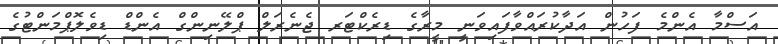
އަސްމާ އެންމެ ފަހުން އަދާކުރައްވާފައިވަނީ މީރާގެ ޑިރެކްޓަރ ޖެނެރަލް ޕްލޭނިންގް އެންޑް ޑިވެލޮޕްމަންޓުގެ